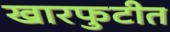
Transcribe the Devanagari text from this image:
खारफुटीत